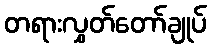
တရားလွှတ်တော်ချုပ်